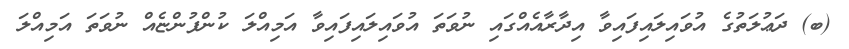
(ބ) ދަޢުލަތުގެ އުވައިލައިފައިވާ އިދާރާއެއްގައި ނުވަތަ އުވައިލައިފައިވާ އަމިއްލަ ކުންފުންޏެއް ނުވަތަ އަމިއްލަ